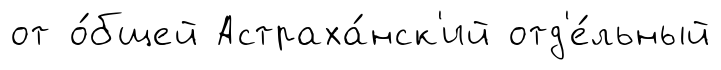
от о́бщей Астраха́нск'ий отд'е́льный